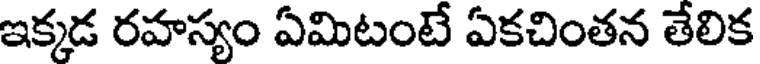
ఇక్కడ రహస్యం ఏమిటంటే ఏకచింతన తేలిక